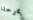
بمرحلة